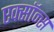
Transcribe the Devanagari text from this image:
एक्सॉन्स